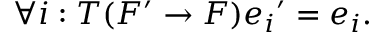
\forall i : T ( F ^ { \prime } \to F ) e _ { i } { } ^ { \prime } = e _ { i } .